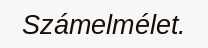
Számelmélet.